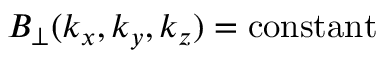
B _ { \perp } ( k _ { x } , k _ { y } , k _ { z } ) = \mathrm { c o n s t a n t }